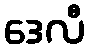
ဒေလီ